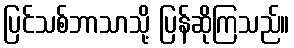
ပြင်သစ်ဘာသာသို့ ပြန်ဆိုကြသည်။